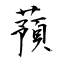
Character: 蕷